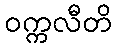
ဝက္ကလီတိ